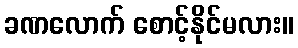
ခဏလောက် စောင့်နိုင်မလား။